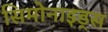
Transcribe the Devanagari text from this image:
सिमोनाइड्स